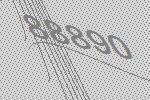
88890